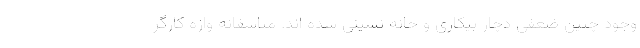
وجود چنین ضعفی دچار بیکاری و خانه نشینی شده اند. متاسفانه واژه کارگر